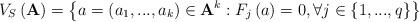
LaTeX: \begin{align*}V_{S}\left( \mathbf{A}\right) =\left\{ a=\left( a_{1},...,a_{k}\right) \in \mathbf{A}^{k}:F_{j}\left( a\right) =0,\forall j\in \left\{ 1,...,q\right\}\right\} \end{align*}